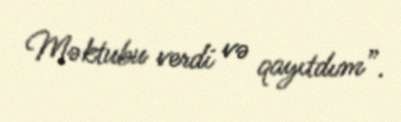
Məktubu verdi və qayıtdım”.